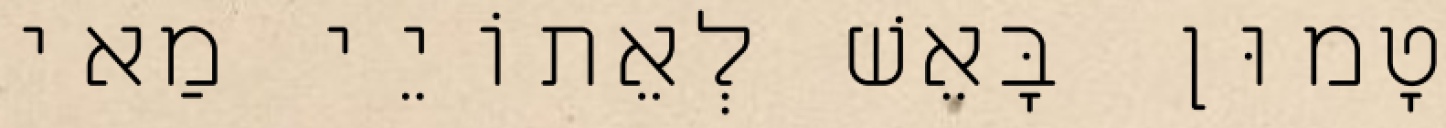
טָמוּן בָּאֵשׁ לְאֵתוֹיֵי מַאי